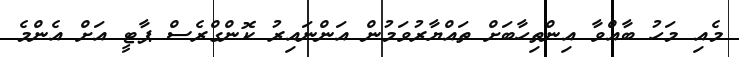
މެއި މަހު ބާއްވާ އިންތިހާބަށް ތައްޔާރުވަމުން އަންނައިރު ކޮންގްރެސް ޕާޓީ އަށް އެންމެ